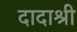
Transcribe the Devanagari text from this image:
दादाश्री